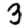
Digit: 3